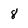
Character: 8